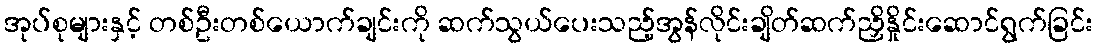
အုပ်စုများနှင့် တစ်ဦးတစ်ယောက်ချင်းကို ဆက်သွယ်ပေးသည့်အွန်လိုင်းချိတ်ဆက်ညှိနှိုင်းဆောင်ရွက်ခြင်း